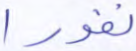
نفورا